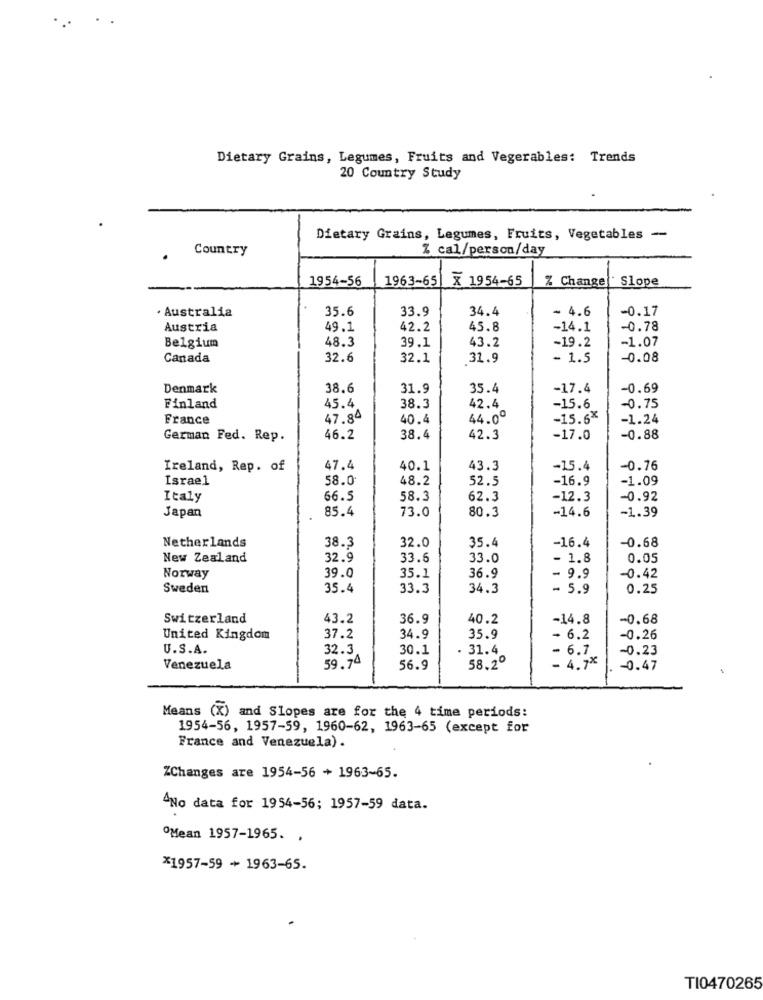
Dietary Grains, Legumes, Fruits and Vegerables: Trends
20 Country Study
Dietary Grains, Legumes, Fruits, Vegetables -
Country
Z_cal/person/day
1954-56
1963-65
X 1954-65
% Change!
Slope
· Australia
35.6
34.4
- 4.6
-0.17
33.9
Austria
49.1
42.2
45.8
-14.1
-0.78
43.2
-1.07
Belgium
48.3
39.1
-19.2
Canada
32.6
32.1
31.9
- 1.5
-0.08
Denmark
38.6
31.9
35.4
-17.4
-0.69
Finland
45.4
38.3
42.4
-15.6
-0.75
France
47.84
40.4
44.0º
-15.6%
-1.24
German Fed. Rep.
46.2
38.4
42.3
-17.0
-0.88
Ireland, Rep. of
47.4
40.1
43.3
-15.4
-0.76
Israel
58.0
48.2
52.5
-16.9
-1.09
Italy
66.5
58.3
62.3
-12.3
-0.92
85.4
73.0
80.3
-14.6
-1.39
Japan
-16.4
Netherlands
38.3
32.0
35.4
-0.68
New Zealand
32.9
33.6
33.0
- 1.8
0.05
Norway
39.0
35.1
36.9
- 9.9
-0.42
Sweden
35.4
33.3
34.3
- 5.9
0.25
Switzerland
43.2
36.9
40.2
-14.8
-0.68
United Kingdom
37.2
34.9
35.9
- 6.2
-0.26
U.S.A.
32.3
30.1
31.4
6.7
-0.23
Venezuela
59.74
56.9
58.2º
- 4.7X
-0.47
Means (X) and Slopes are for the 4 time periods:
1954-56, 1957-59, 1960-62, 1963-65 (except for
France and Venezuela).
ZChanges are 1954-56 + 1963-65.
"No data for 1954-56; 1957-59 data.
Mean 1957-1965. .
*1957-59 + 1963-65.
TI0470265